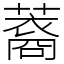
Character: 䕍